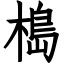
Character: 槝